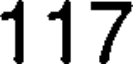
117